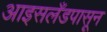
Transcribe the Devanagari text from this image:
आइसलँडपासून